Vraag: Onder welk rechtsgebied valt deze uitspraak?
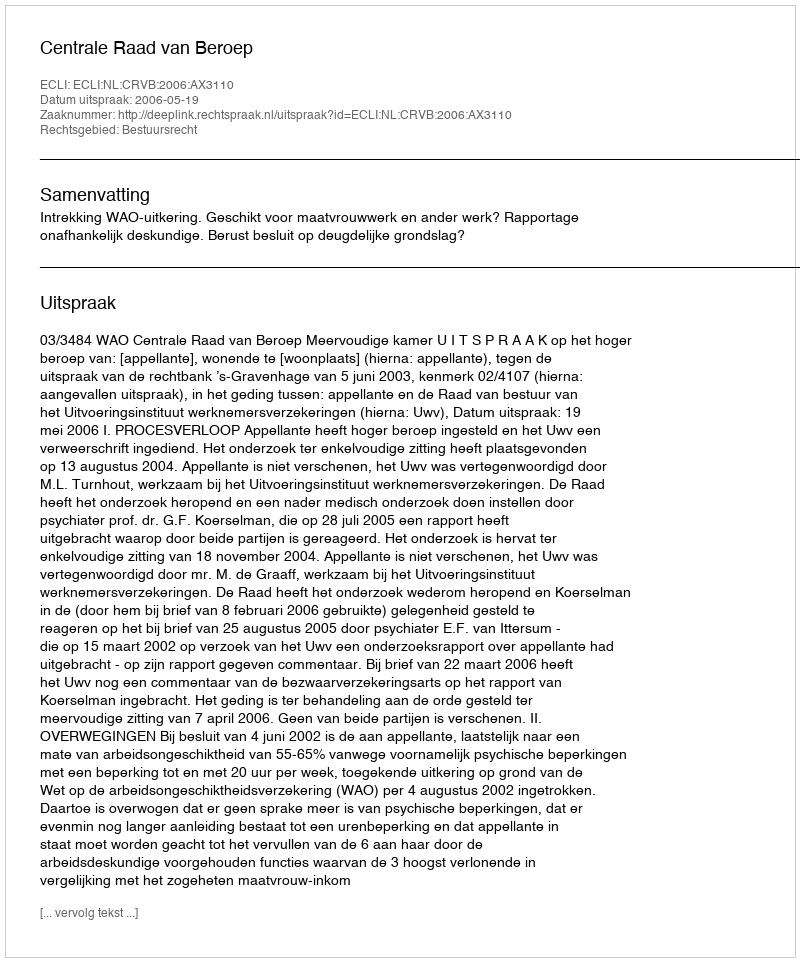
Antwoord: Bestuursrecht